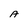
Character: A